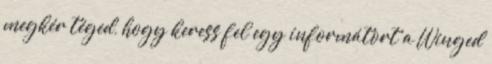
megkér téged, hogy keress fel egy informátort a Winged